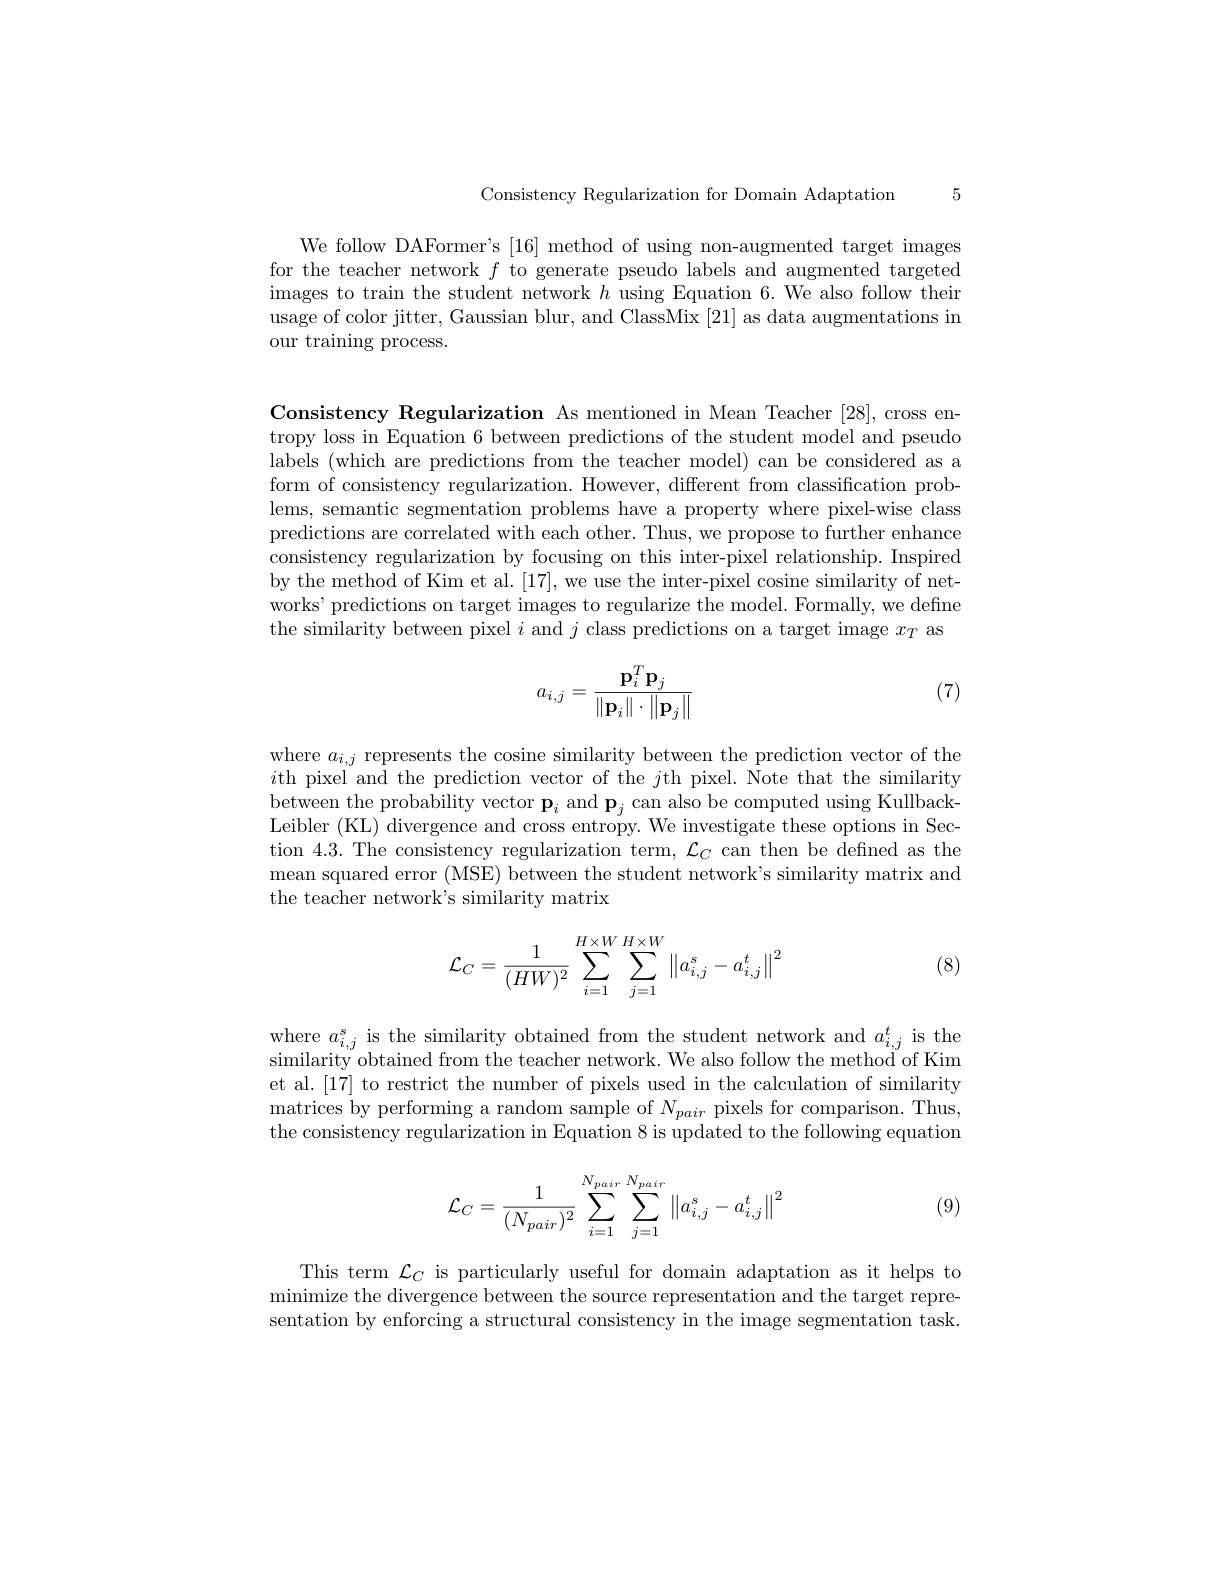
Consistency Regularization for Domain Adaptation 5

We follow DAFormer's [16] method of using non-augmented target images for the teacher network $f$ to generate pseudo labels and augmented targeted images to train the student network $h$ using Equation 6. We also follow their usage of color jitter, Gaussian blur, and ClassMix [21] as data augmentations in our training process.

Consistency Regularization As mentioned in Mean Teacher [28], cross entropy loss in Equation 6 between predictions of the student model and pseudo labels (which are predictions from the teacher model) can be considered as a form of consistency regularization. However, different from classification problems, semantic segmentation problems have a property where pixel-wise class predictions are correlated with each other. Thus, we propose to further enhance consistency regularization by focusing on this inter-pixel relationship. Inspired by the method of Kim et al. [17], we use the inter-pixel cosine similarity of networks' predictions on target images to regularize the model. Formally, we define the similarity between pixel $i$ and $j$ class predictions on a target image $x_T$ as
$$a_{i,j}=\frac{\mathbf{p}_i^T\mathbf{p}_j}{\|\mathbf{p}_i\|\cdot\|\mathbf{p}_j\|}$$
(7)

where $a_i,j$ represents the cosine similarity between the prediction vector of the $i$th pixel and the prediction vector of the $j$th pixel. Note that the similarity between the probability vector $\mathbf{p}_i$ and $\mathbf{p}_j$ can also be computed using KullbackLeibler (KL) divergence and cross entropy. We investigate these options in Section 4.3.The consistency regularization term, $\mathcal{L}_C$ can then be defined as the mean squared error (MSE) between the student network's similarity matrix and the teacher network's similarity matrix
$$\mathcal{L}_C=\frac{1}{(HW)^2}\sum\limits_{i=1}^{H\times W}\sum\limits_{j=1}^{H\times W}\left\|a_{i,j}^s-a_{i,j}^t\right\|^2$$
(8)

where $a_i,j^s$ is the similarity obtained from the student network and $a_i,j^t$ is the similarity obtained from the teacher network. We also follow the method of Kim et al.[17] to restrict the number of pixels used in the calculation of similarity matrices by performing a random sample of $N_{pair}$ pixels for comparison. Thus, the consistency regularization in Equation 8 is updated to the following equation
$$\mathcal{L}_C=\frac{1}{(N_{pair})^2}\sum_{i=1}^{N_{pair}}\sum_{j=1}^{N_{pair}}\left\|a_{i,j}^s-a_{i,j}^t\right\|^2$$
(9)

This term $\mathcal{L}_C$ is particularly useful for domain adaptation as it helps to minimize the divergence between the source representation and the target representation by enforcing a structural consistency in the image segmentation task.